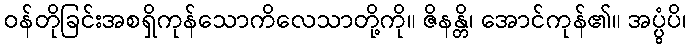
ဝန်တိုခြင်းအစရှိကုန်သောကိလေသာတို့ကို။ ဇိနန္တိ၊ အောင်ကုန်၏။ အပ္ပွံပိ၊